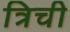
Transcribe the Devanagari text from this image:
त्रिची